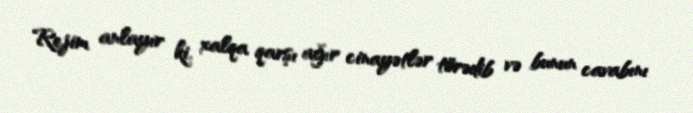
Rejim anlayır ki, xalqa qarşı ağır cinayətlər törədib və bunun cavabını